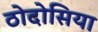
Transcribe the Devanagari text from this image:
ठोदोसिया